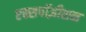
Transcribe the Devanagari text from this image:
एक्सपॉज़ीशन